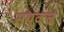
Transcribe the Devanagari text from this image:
सयुक्‍त